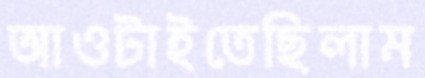
আওটাইতেছিলাম